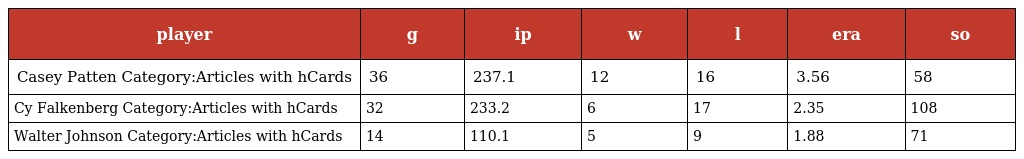
| player | g | ip | w | l | era | so |
 | --- | --- | --- | --- | --- | --- | --- |
 | Casey Patten Category:Articles with hCards | 36 | 237.1 | 12 | 16 | 3.56 | 58 |
 | Cy Falkenberg Category:Articles with hCards | 32 | 233.2 | 6 | 17 | 2.35 | 108 |
 | Walter Johnson Category:Articles with hCards | 14 | 110.1 | 5 | 9 | 1.88 | 71 |